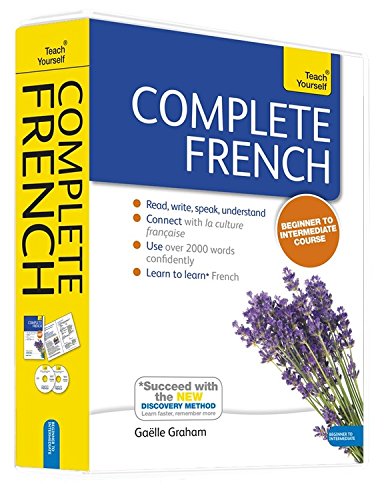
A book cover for Complete French Beginner to Intermediate Course: Learn to read, write, speak and understand a new language (Teach Yourself); Gaelle Graham; Travel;